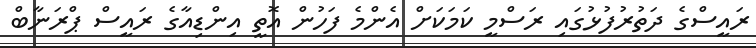
ރައީސްގެ ދަތުރުފުޅުގައި ރަސްމީ ކަމަކަށް އެންމެ ފަހުން އޮތީ އިންޑިއާގެ ރައީސް ޕްރަނާބް